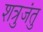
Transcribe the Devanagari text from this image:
शत्रुजंतु